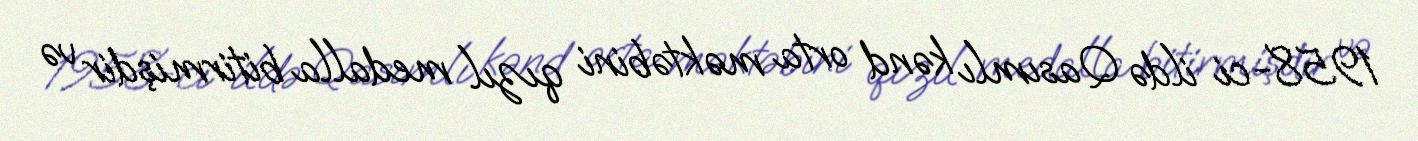
1958-ci ildə Qasımlı kənd orta məktəbini qızıl medalla bitirmişdir və